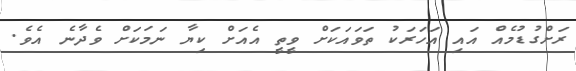
ރަށްގުޑުމެއް އައި އަހަރަކު ތަވައަކަށް ވީތީ އެއަށް ކިޔާ ނަމަކަށް ވެދާނެ އެވެ.